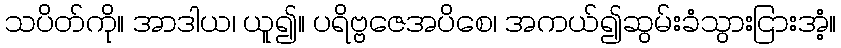
သပိတ်ကို။ အာဒါယ၊ ယူ၍။ ပရိဗ္ဗဇေအပိစေ၊ အကယ်၍ဆွမ်းခံသွားငြားအံ့။